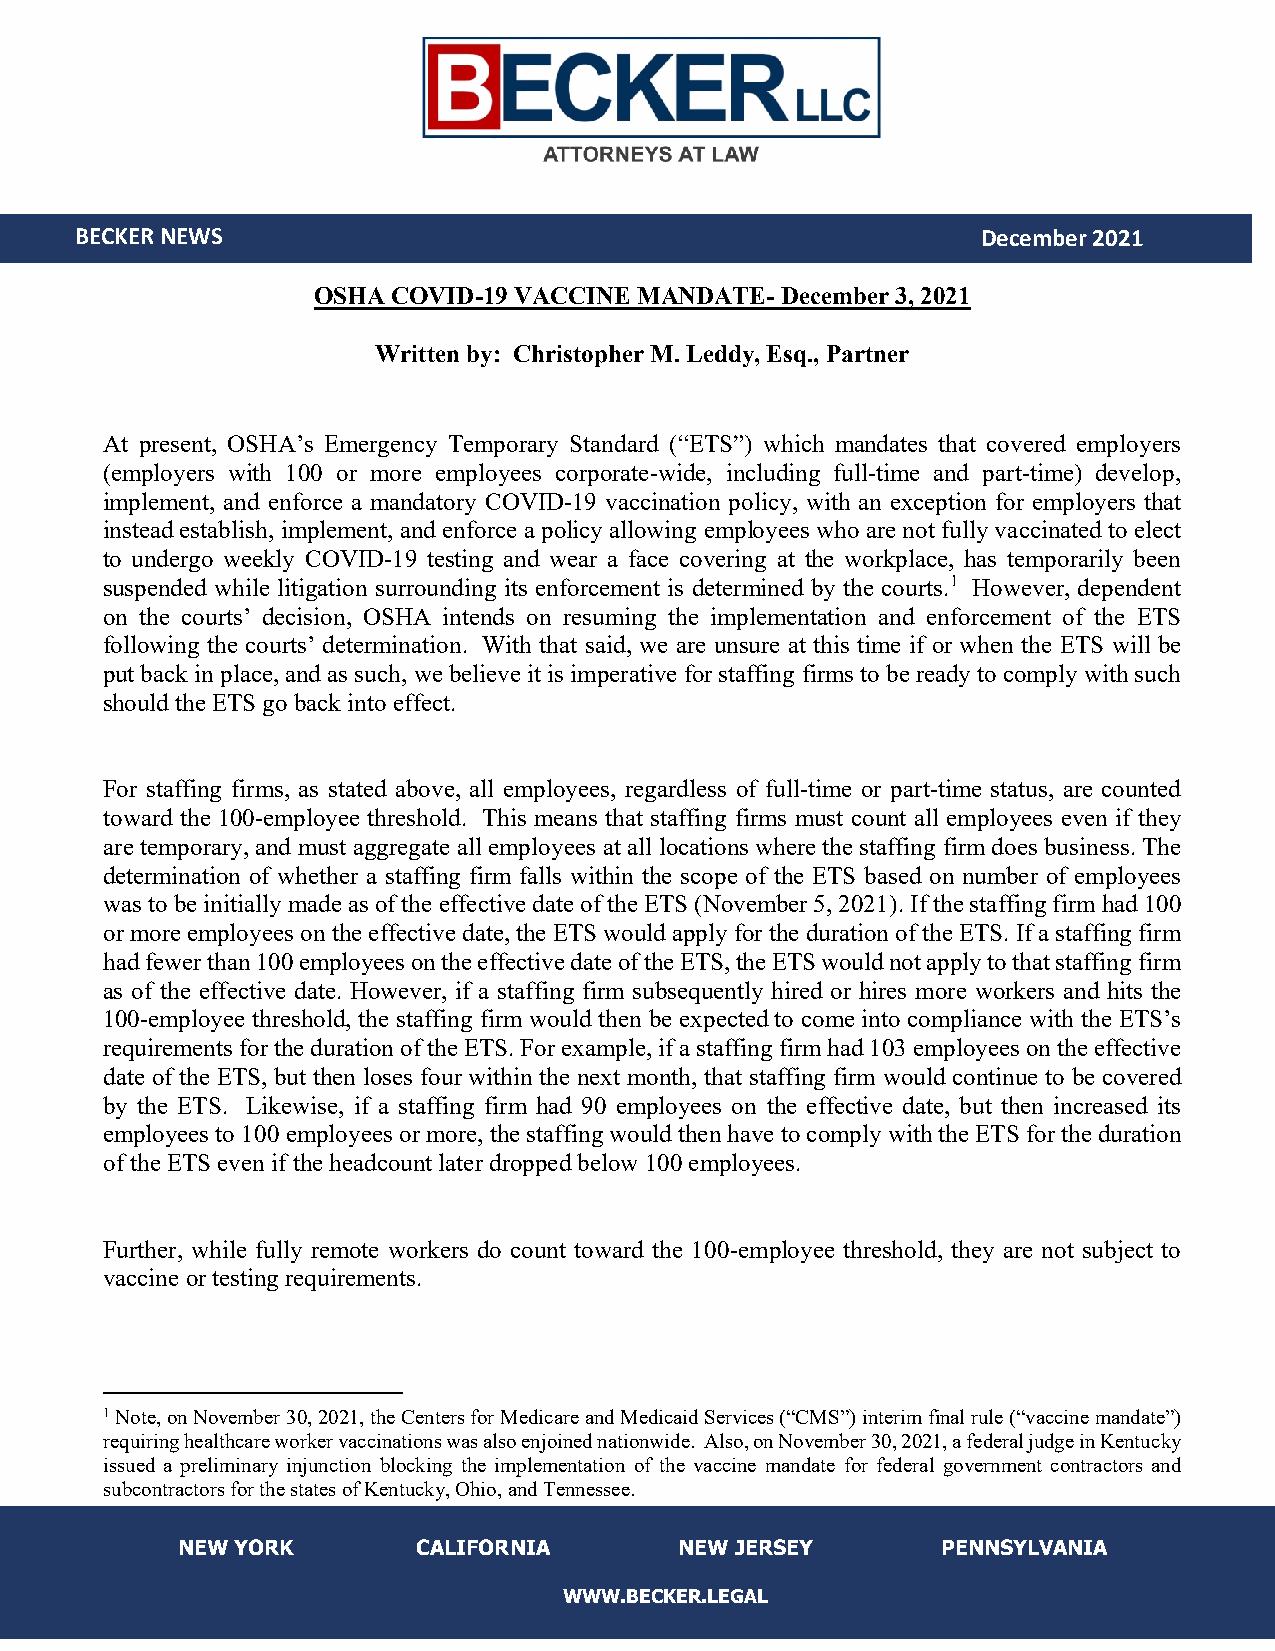
BEC KER NEWS                                                December2021
 OSHA COVID-19 VACCINE MANDATE- December 3, 2021
 Written by: Christopher M. Leddy, Esq., Partner
 At present, OSHA’s Emergency Temporary Standard (“ETS”) which mandates that covered employers
 (employers with 100 or more employees corporate-wide, including full-time and part-time) develop,
 implement, and enforce a mandatory COVID-19 vaccination policy, with an exception for employers that
 instead establish, implement, and enforce a policy allowing employees who are not fully vaccinated to elect
 to undergo weekly COVID-19 testing and wear a face covering at the workplace, has temporarily been
 suspended while litigation surrounding its enforcement is determined by the courts.1 However, dependent
 on the courts’ decision, OSHA intends on resuming the implementation and enforcement of the ETS
 following the courts’ determination. With that said, we are unsure at this time if or when the ETS will be
 put back in place, and as such, we believe it is imperative for staffing firms to be ready to comply with such
 should the ETS go back into effect.
 For staffing firms, as stated above, all employees, regardless of full-time or part-time status, are counted
 toward the 100-employee threshold. This means that staffing firms must count all employees even if they
 are temporary, and must aggregate all employees at all locations where the staffing firm does business. The
 determination of whether a staffing firm falls within the scope of the ETS based on number of employees
 was to be initially made as of the effective date of the ETS (November 5, 2021). If the staffing firm had 100
 or more employees on the effective date, the ETS would apply for the duration of the ETS. If a staffing firm
 had fewer than 100 employees on the effective date of the ETS, the ETS would not apply to that staffing firm
 as of the effective date. However, if a staffing firm subsequently hired or hires more workers and hits the
 100-employee threshold, the staffing firm would then be expected to come into compliance with the ETS’s
 requirements for the duration of the ETS. For example, if a staffing firm had 103 employees on the effective
 date of the ETS, but then loses four within the next month, that staffing firm would continue to be covered
 by the ETS. Likewise, if a staffing firm had 90 employees on the effective date, but then increased its
 employees to 100 employees or more, the staffing would then have to comply with the ETS for the duration
 of the ETS even if the headcount later dropped below 100 employees.
 Further, while fully remote workers do count toward the 100-employee threshold, they are not subject to
 vaccine or testing requirements.
 1 Note, on November 30, 2021, the Centers for Medicare and Medicaid Services (“CMS”) interim final rule (“vaccine mandate”)
 requiring healthcare worker vaccinations was also enjoined nationwide. Also, on November 30, 2021, a federal judge in Kentucky
 issued a preliminary injunction blocking the implementation of the vaccine mandate for federal government contractors and
 subcontractors for the states of Kentucky, Ohio, and Tennessee.
 NEW YORK        CALIFORNIA       NEW JERSEY       PENNSYLVANIA
 WWW.BECKER.LEGAL